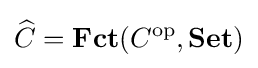
{\widehat {C}}=\mathbf {Fct} (C^{\text{op}},\mathbf {Set} )